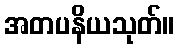
အတပနိယသုတ်။